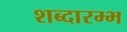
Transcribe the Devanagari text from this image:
शब्दारम्भ